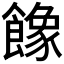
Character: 𩞧